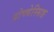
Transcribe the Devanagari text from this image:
प्रोच्चेस्सिङ